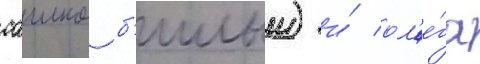
сашко б'илыи) и́ ол'е́га